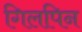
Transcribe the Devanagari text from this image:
गिलपिन